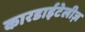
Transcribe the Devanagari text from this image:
कारडाईटेलीज़